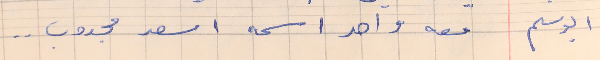
ابو سليم      معه واحد اسمه اسعد مجدوب  . .